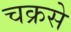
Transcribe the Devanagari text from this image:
चक्रसे